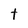
Character: t